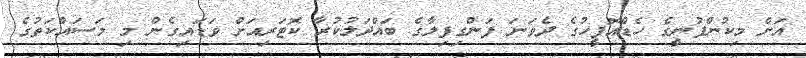
އަށް މިކުންފުނީގެ ހެޑްއޮފީހުގެ ދެވަނަ ފަންގިފިލާގެ ބައްދަލުކުރާ ކޮޓަރިއަށް ވަޑައިގެން މި މަސައްކަތުގެ